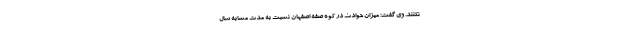
نکنند. وی گفت: میزان حوادث در کوه صفه اصفهان نسبت به مدت مشابه سال